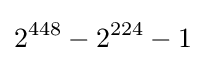
2^{448}-2^{224}-1